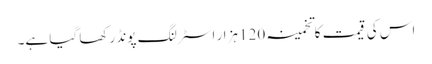
اس کی قیمت کا تخمینہ 120 ہزار اسٹرلنگ پونڈ رکھا گیا ہے۔